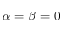
\alpha = \beta = 0